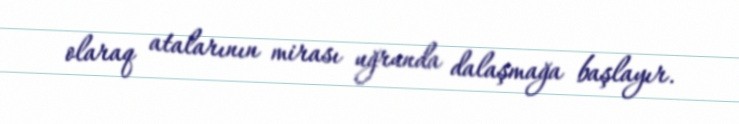
olaraq atalarının mirası uğrunda dalaşmağa başlayır.